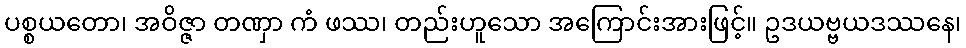
ပစ္စယတော၊ အဝိဇ္ဇာ တဏှာ ကံ ဖဿ၊ တည်းဟူသော အကြောင်းအားဖြင့်။ ဥဒယဗ္ဗယဒဿနေ၊